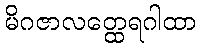
မိဂဇာလတ္ထေရဂါထာ